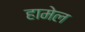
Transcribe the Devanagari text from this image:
हामेल